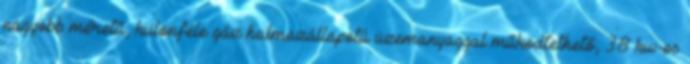
nagyobb méretű, különféle gáz halmazállapotú üzemanyaggal működtethető, 38 kw-os